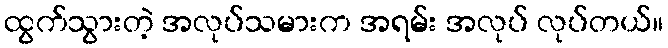
ထွက်သွားတဲ့ အလုပ်သမားက အရမ်း အလုပ် လုပ်တယ်။